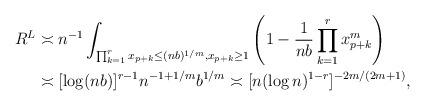
LaTeX: \begin{align*}R^L & \asymp n^{-1}\int_{\prod_{k=1}^rx_{p+k}\leq (nb)^{1/m},x_{p+k}\geq 1}\left(1-\frac{1}{nb}\prod_{k=1}^rx_{p+k}^m\right)\\& \asymp [\log(nb)]^{r-1}n^{-1+1/m}b^{1/m} \asymp [n(\log n)^{1-r}]^{-2m/(2m+1)},\end{align*}